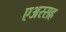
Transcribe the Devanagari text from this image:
एअरसह